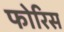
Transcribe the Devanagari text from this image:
फोरिस